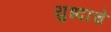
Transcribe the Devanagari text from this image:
युध्दाचे